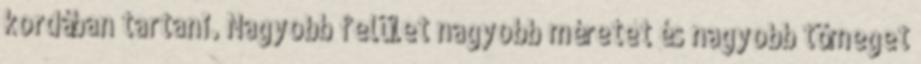
kordában tartani. Nagyobb felület nagyobb méretet és nagyobb tömeget